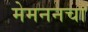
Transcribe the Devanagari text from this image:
मेमननचा